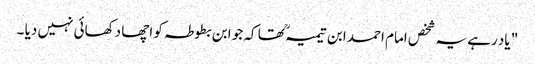
" یاد رہے یہ شخص امام احمد ابن تیمیہ ؒ تھا کہ جو ابن بطوطہ کو اچھا دکھائی نہیں دیا ۔